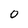
Character: 0